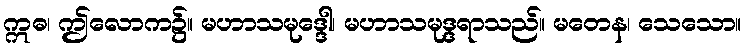
ဣဓ၊ ဤလောက၌။ မဟာသမုဒ္ဒေါ၊ မဟာသမုဒ္ဒရာသည်။ မတေန၊ သေသော။